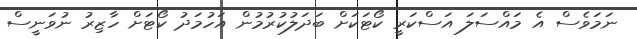
ނަމަވެސް އެ މައްސަލަ އަސްކަރީ ކޯޓަކަށް ބަދަލުކުރުމުން އަހުމަދު ކޯޓަށް ހާޒިރު ނުވަނީސް